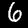
Digit: 6